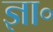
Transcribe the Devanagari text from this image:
ज्ञा॰